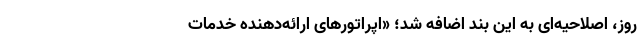
روز، اصلاحیه‌ای به این بند اضافه شد؛ «اپراتورهای ارائه‌دهنده خدمات